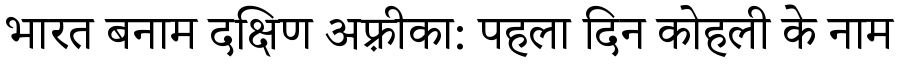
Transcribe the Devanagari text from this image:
भारत बनाम दक्षिण अफ़्रीका: पहला दिन कोहली के नाम